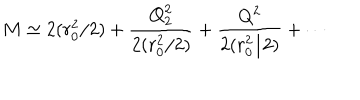
M \simeq 2 ( r _ { 0 } ^ { 2 } / 2 ) + \frac { Q _ { 2 } ^ { 2 } } { 2 ( r _ { 0 } ^ { 2 } / 2 ) } + \frac { Q ^ { 2 } } { 2 ( r _ { 0 } ^ { 2 } / 2 ) } + \cdots